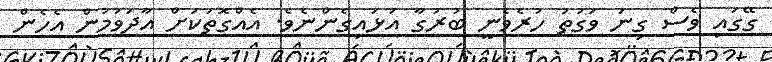
ގޭގައި ވެސް ގިނަ ވަގުތު ހުރެވެނީ ބުރުގާ އަޅައިގެންނެވެ. އެއްގޮތަކަށް އާދަވުމުން އެހެން